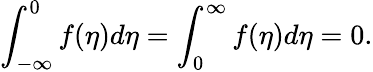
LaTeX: \int_{-\infty}^{0}f(\eta)d\eta=\int_{0}^{\infty}f(\eta)d\eta=0.